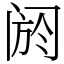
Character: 阏